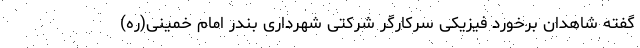
گفته شاهدان برخورد فیزیکی سرکارگر شرکتی شهرداری بندر امام خمینی(ره)